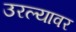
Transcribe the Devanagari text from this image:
उरल्यावर